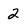
Character: 2